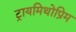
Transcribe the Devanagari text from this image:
ट्रायमिथोप्रिम